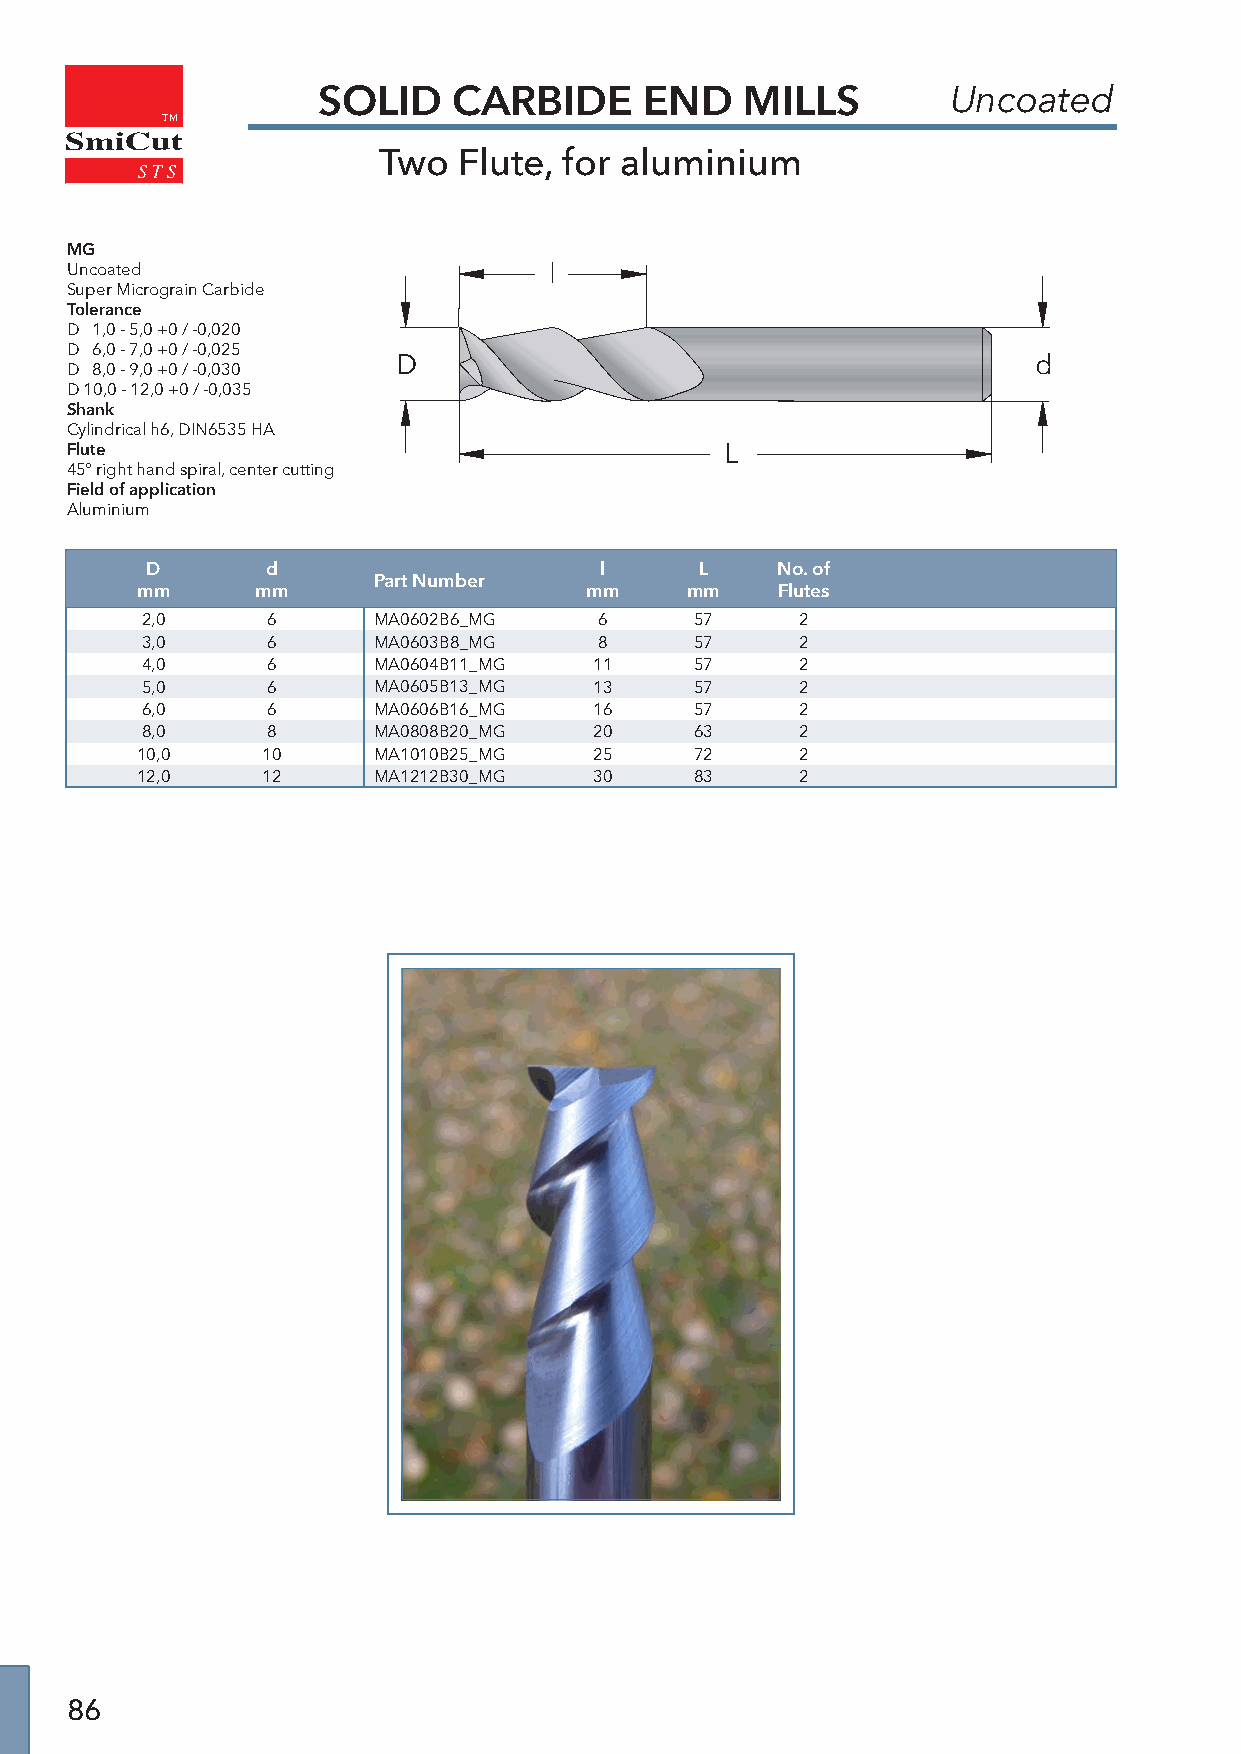
SOLID    CARBIDE      END   MILLS         Uncoated
 TM
 SmiCut
 Two  Flute, for aluminium
 MG
 Uncoated                        l
 Super Micrograin Carbide
 Tolerance
 D 1,0 - 5,0 +0 / -0,020
 D 6,0 - 7,0 +0 / -0,025
 D                                          d
 D 8,0 - 9,0 +0 / -0,030
 D 10,0 - 12,0 +0 / -0,035
 Shank
 Cylindrical h6, DIN6535 HA
 Flute                                       L
 45° right hand spiral, center cutting
 Field of application
 Aluminium
 D       d                     l     L    No. of
 Part Number
 mm      mm                    mm    mm    Flutes
 2,0      6      MA0602B6_MG    6     57     2
 3,0      6      MA0603B8_MG    8     57     2
 4,0      6      MA0604B11_MG  11     57     2
 5,0      6      MA0605B13_MG  13     57     2
 6,0      6      MA0606B16_MG  16     57     2
 8,0      8      MA0808B20_MG  20     63     2
 10,0    10      MA1010B25_MG  25     72     2
 12,0    12      MA1212B30_MG  30     83     2
 86